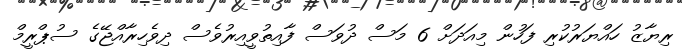
ރިޔާޒު ހައްޔަރުކުރި ފަހުން މިއަދަށް 6 މަސް ދުވަސް ފާއިތުވީއިރުވެސް ދިވެހިރާއްޖޭގެ ސުޕްރީމް